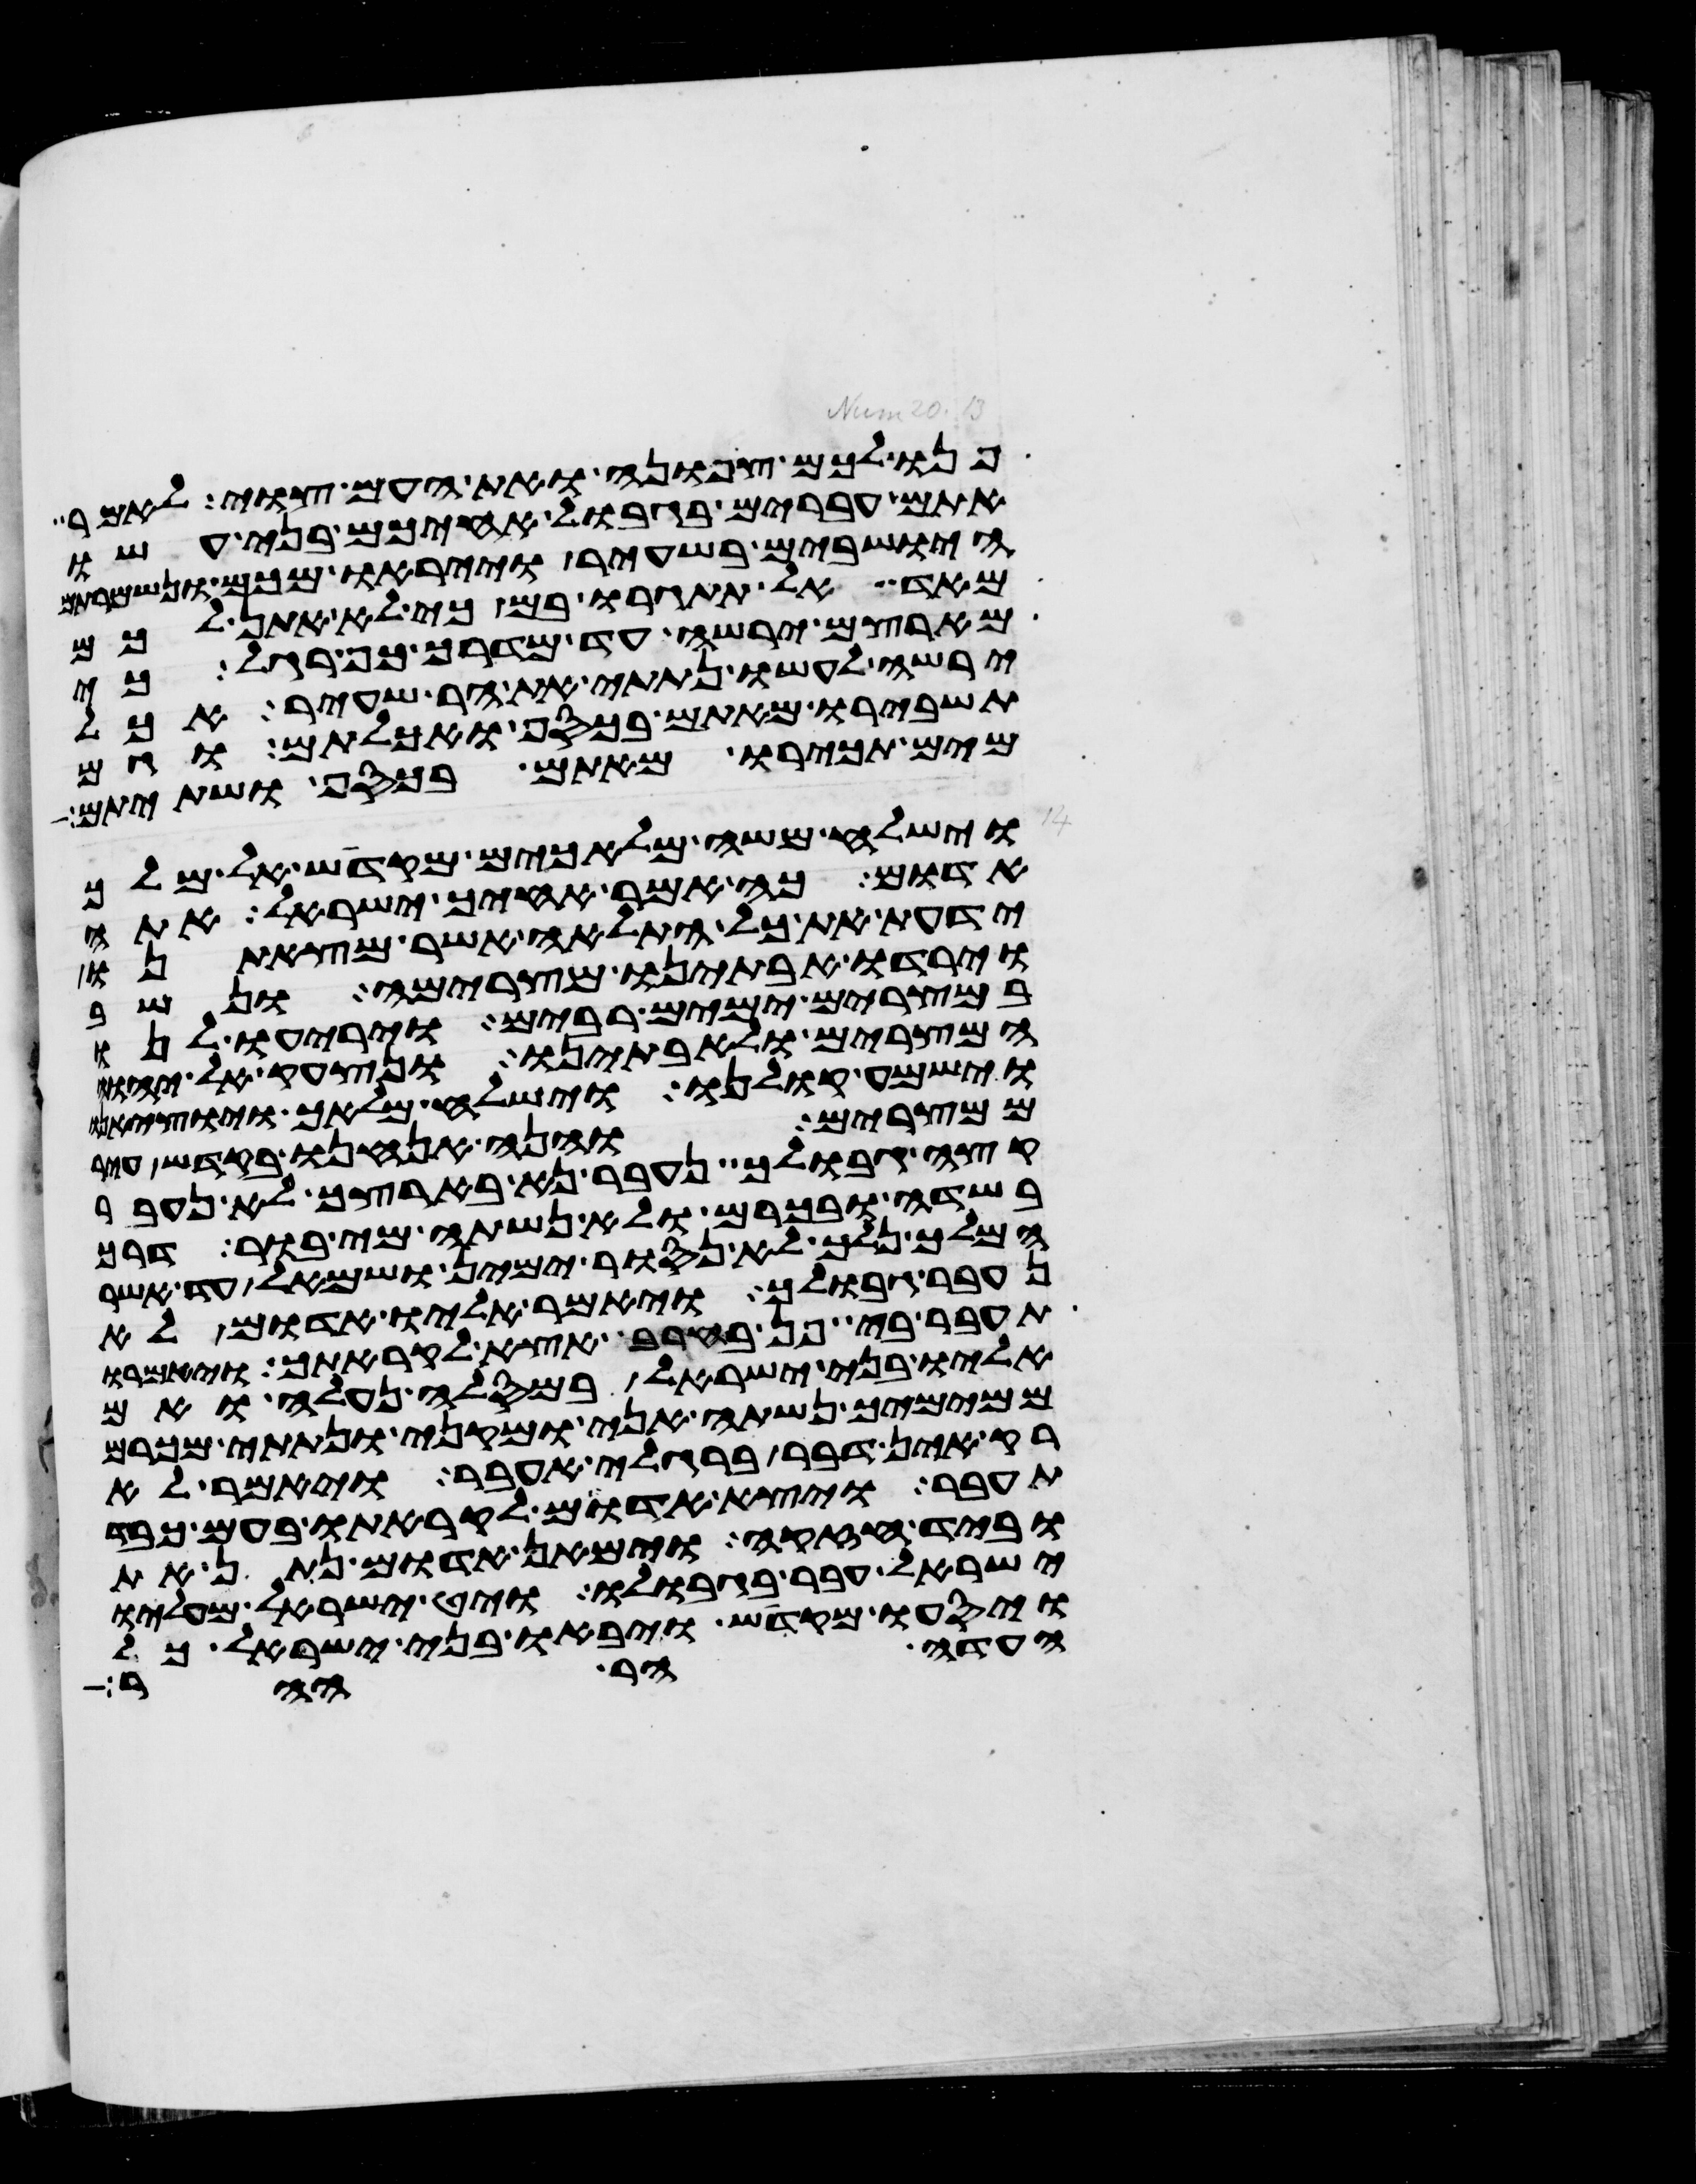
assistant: פנו לכם צפונה ואת העם צוי לאמר
אתם עברים בגבול אחיכם בני עשו
הישבים בשעיר וייראו מכם ונשמרתם
מאד אל תתגרו בם כי לא אתן לכם
מארצם ירשה עד מדרך כף רגל כי
ירשה לעשו נתתי את הר שעיר אכל
תשברו מאתם בכסף ואכלתם וגם
מים תכירו מאתם בכסף ושתיתם
וישלח משה מלאכים מקדש אל מלך
אדום כה אמר אחיך ישראל אתה
ידעת את כל התלאה אשר מצאתנו
וירדו אבתינו מצרימה ונשב
במצרים ימים רבים ויריעו לנו
המצרים ולאבתינו ונצעק אל יהוה
וישמע קולנו וישלח מלאך ויוציאנו
ממצרים והנה אנחנו בקדש עיר
קצה גבולך נעבר נא בארצך לא נעבר
בשדה ובכרם ולא נשתה מי בור דרך
המלך נלך לא נסור ימין ושמאל עד אשר
נעבר גבולך ויאמר אליו אדום לא
תעבר בי פן בחרב אצא לקראתך ויאמרו
אליו בני ישראל במסלה נעלה ואם
ממימיך נשתה אני ומקני ונתתי מכרם
רק אין דבר ברגלי אעבר ויאמר לא
תעבר ויצא אדום לקראתו בעם כבד
וביד חזקה וימאן אדום נתון את
ישראל עבר בגבולו ויט ישראל מעליו
ויסעו מקדש ויבאו בני ישראל כל
העדה הר ההר